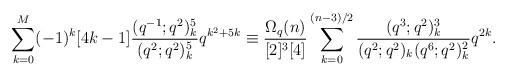
LaTeX: \begin{align*}\sum_{k=0}^{M}(-1)^k[4k-1]\frac{(q^{-1};q^2)_k^5}{(q^2;q^2)_k^5}q^{k^2+5k}\equiv\frac{\Omega_q(n)}{[2]^3[4]}\sum_{k=0}^{(n-3)/2}\frac{(q^3;q^2)_k^3}{(q^2;q^2)_k(q^6;q^2)_k^2}q^{2k}.\end{align*}